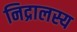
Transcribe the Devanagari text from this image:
निद्रालस्य